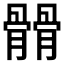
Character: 𩪆